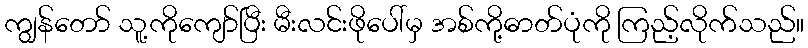
ကျွန်တော် သူ့ကိုကျော်ပြီး မီးလင်းဖိုပေါ်မှ အစ်ကို့ဓာတ်ပုံကို ကြည့်လိုက်သည်။